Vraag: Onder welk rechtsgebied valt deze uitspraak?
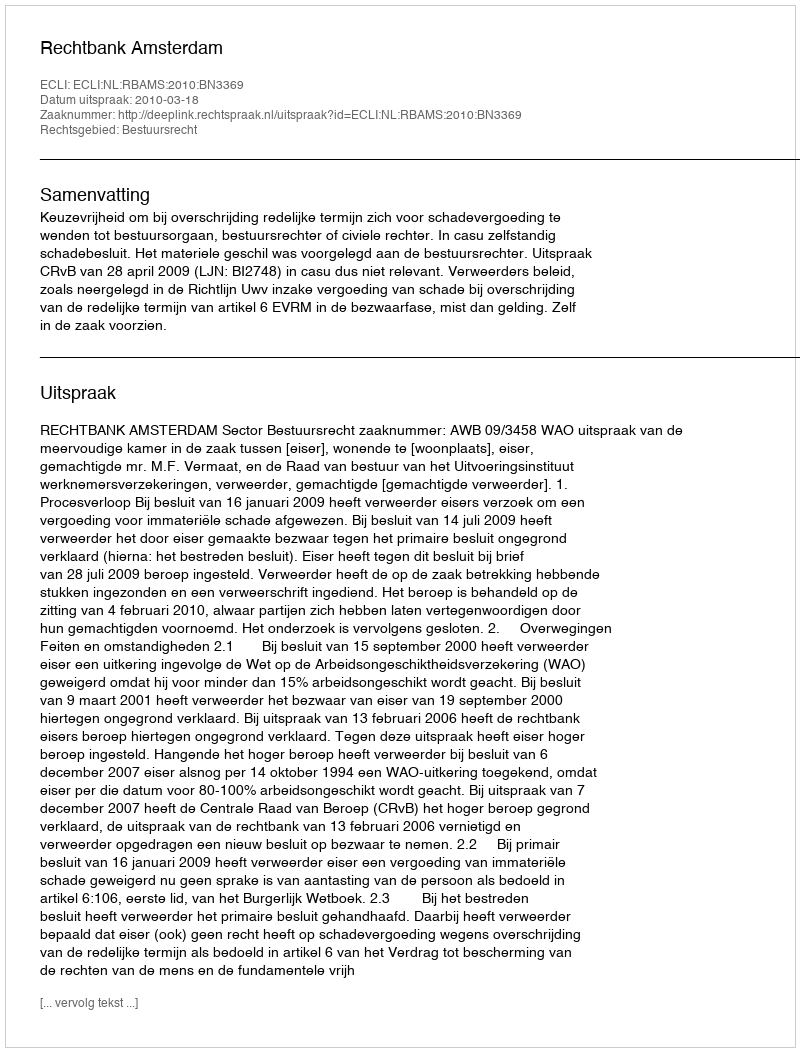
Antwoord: Bestuursrecht